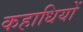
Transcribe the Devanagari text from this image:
कहाधियों